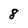
Character: 8